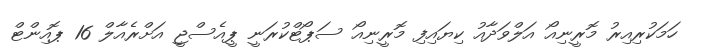
ހަމަކުރިއިރު މޮރީނިއޯ އަލްވަދާއު ކިޔައިފި މޮރީނިއޯ ސަޕޯޓްކުރަނީ ޕީއެސްޖީ އަށްރެއާލް 16 ޕޮއިންޓް